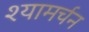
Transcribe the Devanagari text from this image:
श्यामर्चन